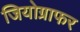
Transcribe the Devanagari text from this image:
जियोग्राफर